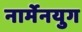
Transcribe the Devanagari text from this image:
नार्मेनयुग